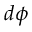
d \phi